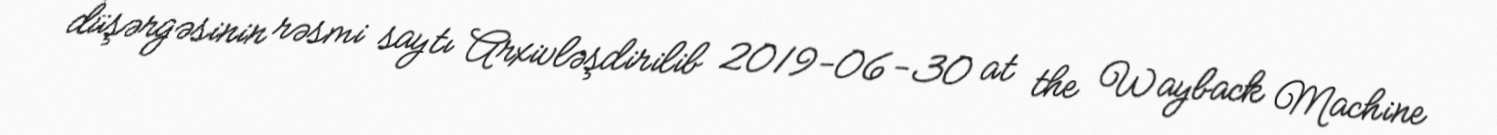
düşərgəsinin rəsmi saytı Arxivləşdirilib 2019-06-30 at the Wayback Machine